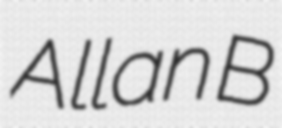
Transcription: Allan B